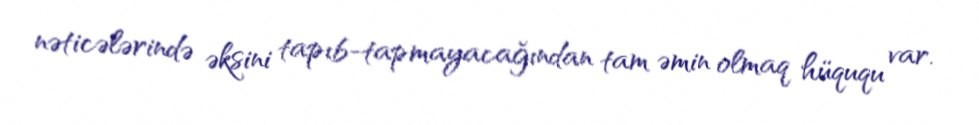
nəticələrində əksini tapıb-tapmayacağından tam əmin olmaq hüququ var.